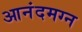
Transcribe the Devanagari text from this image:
आनंदमग्न